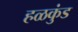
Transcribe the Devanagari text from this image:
हळकुंड